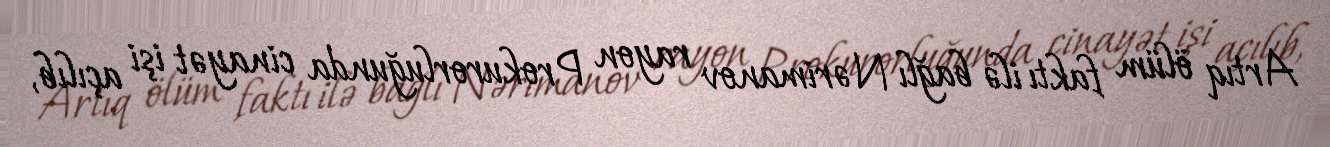
Artıq ölüm faktı ilə bağlı Nərimanov rayon Prokurorluğunda cinayət işi açılıb,